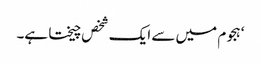
‘ ہجوم میں سے ایک شخص چیختا ہے۔